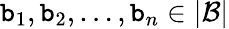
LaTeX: \mathtt{b}_{1},\mathtt{b}_{2},\dots,\mathtt{b}_{n}\in|{\mathcal{{B}}}|